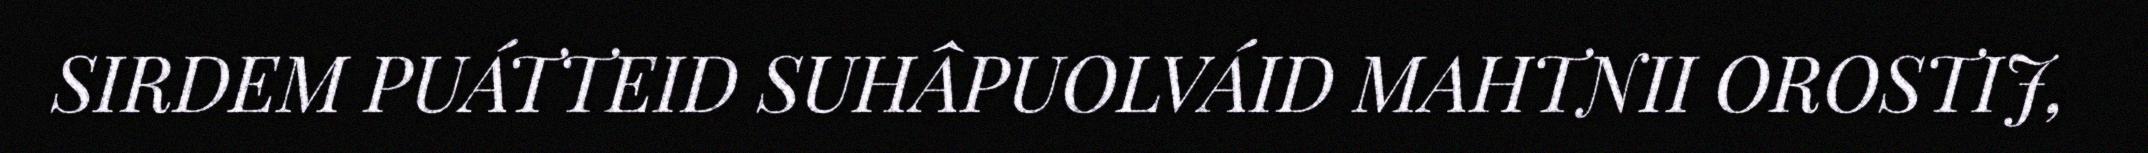
SIRDEM PUÁTTEID SUHÂPUOLVÁID MAHTNII OROSTIJ,